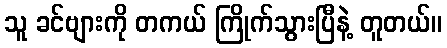
သူ ခင်ဗျားကို တကယ် ကြိုက်သွားပြီနဲ့ တူတယ်။